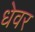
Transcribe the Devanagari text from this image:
धेवर